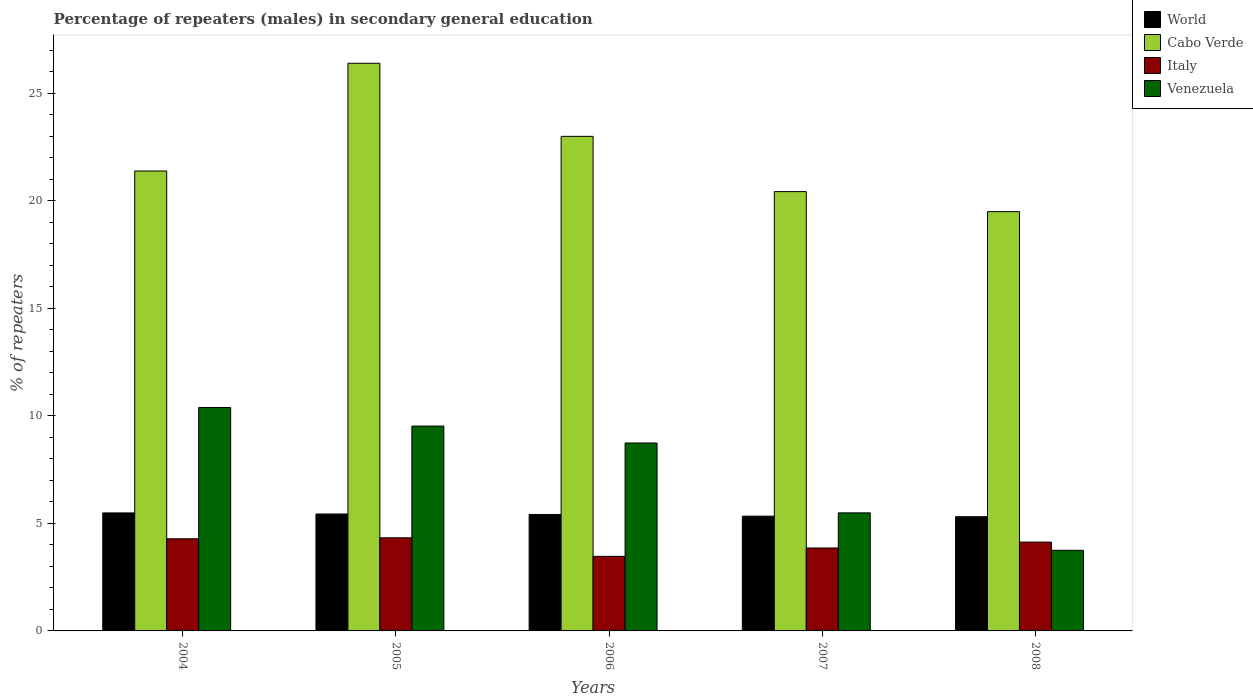
| Years | World | Cabo Verde | Italy | Venezuela |
 | --- | --- | --- | --- | --- |
 | 2004 | 5.48 | 21.4 | 4.28 | 10.4 |
 | 2005 | 5.43 | 26.4 | 4.33 | 9.52 |
 | 2006 | 5.41 | 23 | 3.47 | 8.74 |
 | 2007 | 5.33 | 20.4 | 3.86 | 5.49 |
 | 2008 | 5.31 | 19.5 | 4.13 | 3.75 |